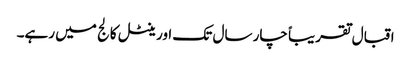
اقبال تقریباً چار سال تک اورینٹل کالج میں رہے۔